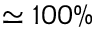
\simeq 1 0 0 \%